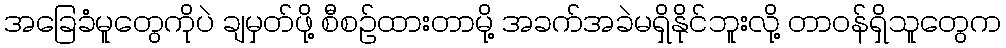
အခြေခံမူတွေကိုပဲ ချမှတ်ဖို့ စီစဉ်ထားတာမို့ အခက်အခဲမရှိနိုင်ဘူးလို့ တာဝန်ရှိသူတွေက